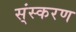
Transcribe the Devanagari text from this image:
स्ंस्करण